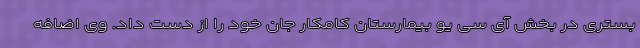
بستری در بخش آی سی یو بیمارستان کامکار جان خود را از دست داد. وی اضافه